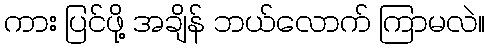
ကား ပြင်ဖို့ အချိန် ဘယ်လောက် ကြာမလဲ။